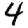
Digit: 4